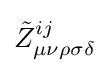
{\tilde {Z}}_{\mu \nu \rho \sigma \delta }^{ij}